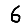
Digit: 6